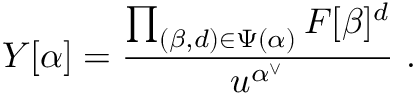
Y [ \alpha ] = \frac { \prod _ { ( \beta , d ) \in \Psi ( \alpha ) } F [ \beta ] ^ { d } } { u ^ { \alpha ^ { \vee } } } \ .